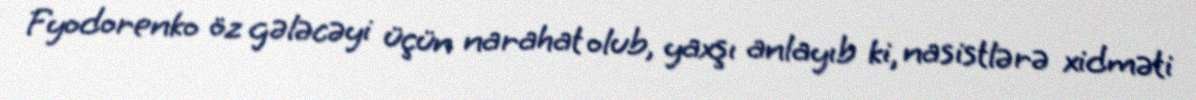
Fyodorenko öz gələcəyi üçün narahat olub, yaxşı anlayıb ki, nasistlərə xidməti